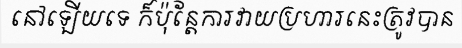
នៅឡើយទេ ក៏ប៉ុន្តែការវាយប្រហារនេះត្រូវបាន